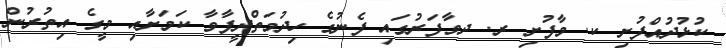
ކުޅުދުއްފުށި ކ. މާފުށި ރ. ދވާފަރުގައި ފެނުގެ ހިދުމަތްދީފާވާ ކަމަށާއި މީގެ އިތުރުން